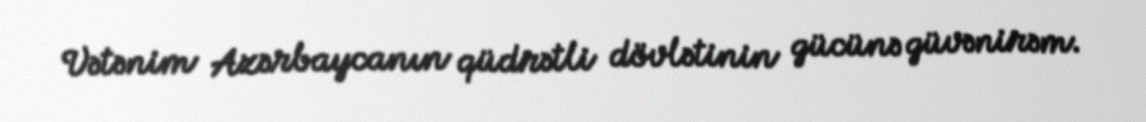
Vətənim Azərbaycanın qüdrətli dövlətinin gücünə güvənirəm.